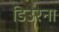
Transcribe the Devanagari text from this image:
डिउरना